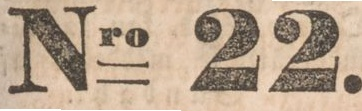
Nro 22.